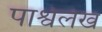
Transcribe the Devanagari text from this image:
पार्श्वलेख